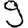
Digit: 9